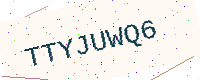
Text: TTYJUWQ6